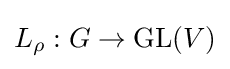
L_{\rho }:G\to {\text{GL}}(V)